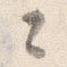
々